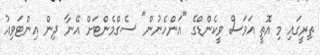
ތިރީގައި މި އޮތީ އަވަސް ވީކެންޑްގެ "އަންހެނުން" ސެގްމެންޓަށް އޭނާ ދިން އިންޓަވިއު